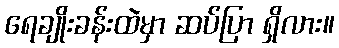
ရေချိုးခန်းထဲမှာ ဆပ်ပြာ ရှိလား။